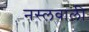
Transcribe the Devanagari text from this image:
नस्लवाली